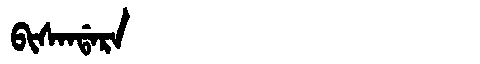
Manchu: ᠪᡳᠰᠠᠨᡩᠠᡵᠠ
Romanization: BISANDARA